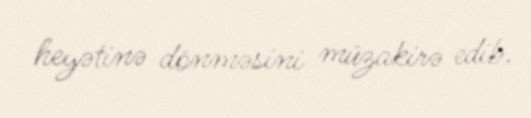
heyətinə dönməsini müzakirə edib.